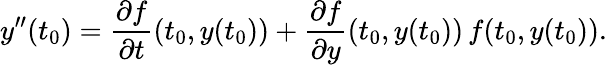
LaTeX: y^{\prime\prime}(t_{0})={\frac{\partial f}{\partial t}}(t_{0},y(t_{0}))+{\frac{\partial f}{\partial y}}(t_{0},y(t_{0}))\, f(t_{0},y(t_{0})).